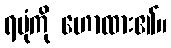
ရပုံကို ဟောထား၏။